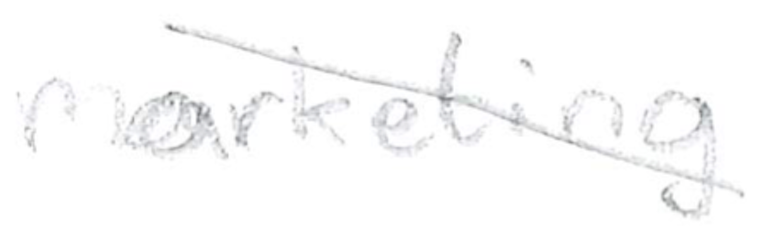
Text: marketing
Cross-out: diagonal
Writing tool: pencil